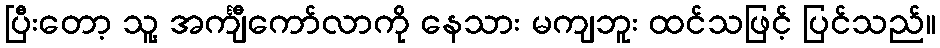
ပြီးတော့ သူ့ အင်္ကျီကော်လာကို နေသား မကျဘူး ထင်သဖြင့် ပြင်သည်။